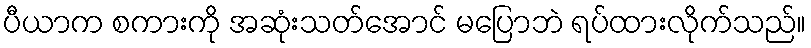
ပီယာက စကားကို အဆုံးသတ်အောင် မပြောဘဲ ရပ်ထားလိုက်သည်။